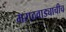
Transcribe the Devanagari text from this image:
मराठवाड्याचीच